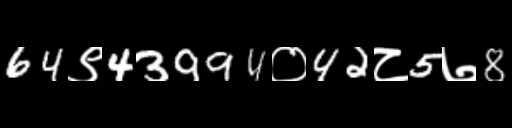
Text: 64९43994०42८5७8